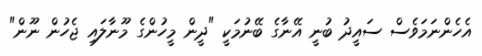
އެހެންނަމަވެސް ސައީދު ބުނީ އޭނާގެ ބޭނުމަކީ "ދީން މީހުންގެ މޫނާލައި ޖެހުން ނޫން"